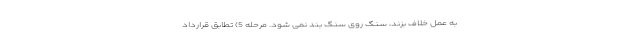
به عمل خلاف بزند، سنگ روی سنگ بند نمی شود. مرحله 5) تطابق قرارداد